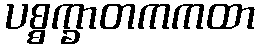
ပစ္စက္ခာတကကထာ